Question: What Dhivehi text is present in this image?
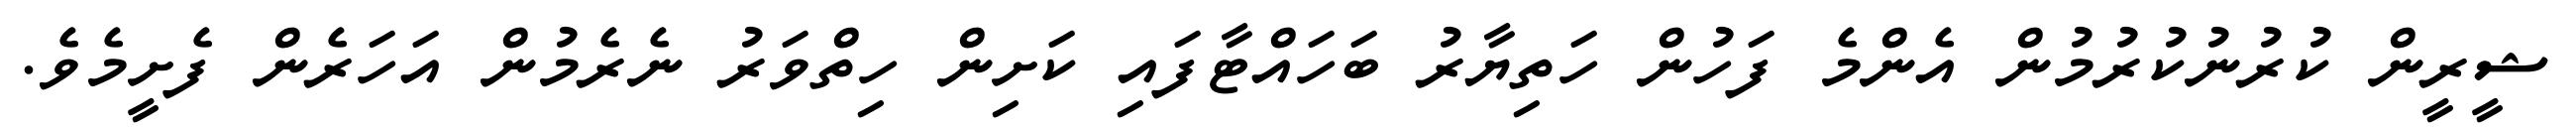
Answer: ޝީރީން ކުރުނުކުރުމުން އެންމެ ފަހުން ހަތިޔާރު ބަހައްޓާފައި ކަށިން ހިތްވަރު ނެރެމުން އަހަރެން ފެށީމެވެ.